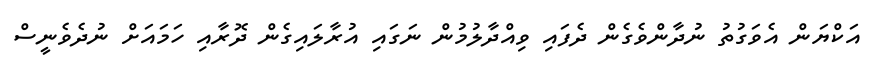
އަކްޔަން އެވަގުތު ނުދާންވެގެން ދެފައި ވިއްދާލުމުން ނަގައި އުރާލައިގެން ދޮރާއި ހަމައަށް ނުދެވެނީސް